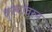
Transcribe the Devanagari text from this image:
कृत्यांवरून